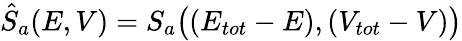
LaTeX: \hat{S}_{a}(E,V)=S_{a}\big((E_{tot}-E),(V_{tot}-V)\big)